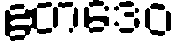
ဧတဒေဝ